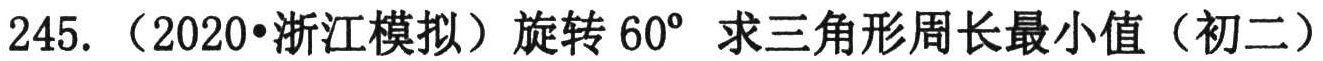
\(245.\)（2020•浙江模拟）旋转\(60^{\circ}\) 求三角形周长最小值（初二）